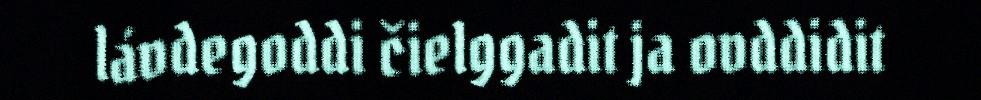
lávdegoddi čielggadit ja ovddidit